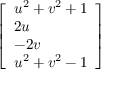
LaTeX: \left[ \begin{array} { l } { u ^ { 2 } + v ^ { 2 } + 1 } \\ { 2 u } \\ { - 2 v } \\ { u ^ { 2 } + v ^ { 2 } - 1 } \end{array} \right]